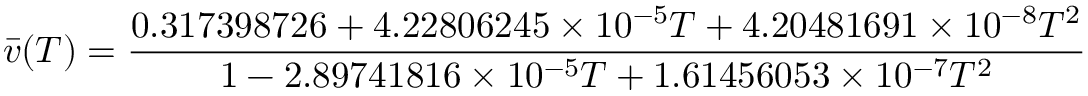
{ \bar { v } } ( T ) = { \frac { 0 . 3 1 7 3 9 8 7 2 6 + 4 . 2 2 8 0 6 2 4 5 \times 1 0 ^ { - 5 } T + 4 . 2 0 4 8 1 6 9 1 \times 1 0 ^ { - 8 } T ^ { 2 } } { 1 - 2 . 8 9 7 4 1 8 1 6 \times 1 0 ^ { - 5 } T + 1 . 6 1 4 5 6 0 5 3 \times 1 0 ^ { - 7 } T ^ { 2 } } }